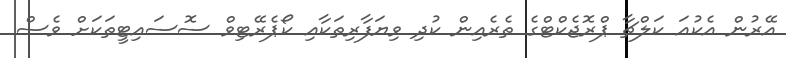
އޭރުން އެކުއަ ކަލްޗާ ޕްރޮޖެކްޓްގެ ތެރެއިން ކުދި ވިޔަފާރިތަކާއި ކޯޕެރޭޓިވް ސޮސައިޓީތަކަށް ވެސް